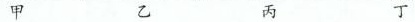
甲 乙 丙 丁